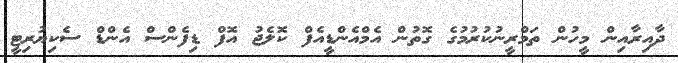
ދާއިރާއިން މީހުން ތަމްރީނުކުރުމުގެ ގޮތުން އެމްއެންޑީއެފް ކޮލެޖު އޮފް ޑިފެންސް އެންޑް ސެކިޔުރިޓީ